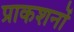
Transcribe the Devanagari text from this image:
प्राकशनों